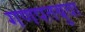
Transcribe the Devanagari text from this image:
गणपतबुवा